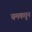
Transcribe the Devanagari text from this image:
चमकवून